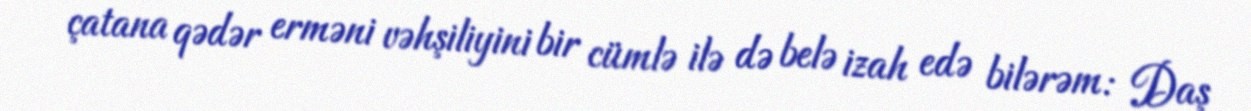
çatana qədər erməni vəhşiliyini bir cümlə ilə də belə izah edə bilərəm: Daş